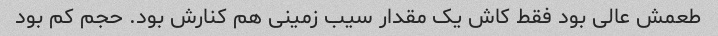
طعمش عالی بود فقط کاش یک مقدار سیب زمینی هم کنارش بود. حجم کم بود